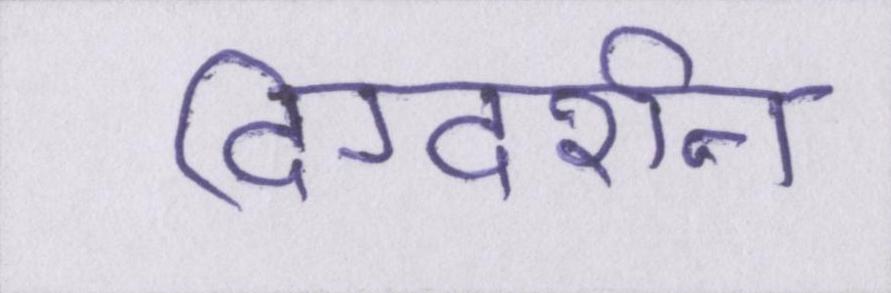
दिग्दर्शन